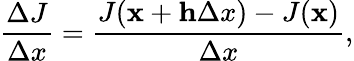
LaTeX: \frac{\Delta J}{\Delta x}=\frac{J(\mathbf x+\mathbf h\Delta x)-J(\mathbf x)}{\Delta x},